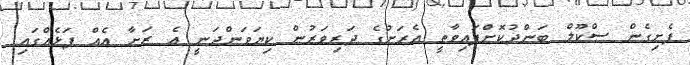
ފެށިގެން ސްކޫލް ބަންދުކޮށްފައިވާތީ އެރަށުގެ ދަރިވަރުން ކިޔަވަންދަނީ އެ ރަށާ އެއް ފަޅެއްގައި